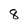
Character: 8